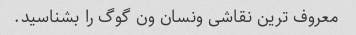
معروف ترین نقاشی ونسان ون گوگ را بشناسید.